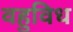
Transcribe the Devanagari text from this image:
वहुविध